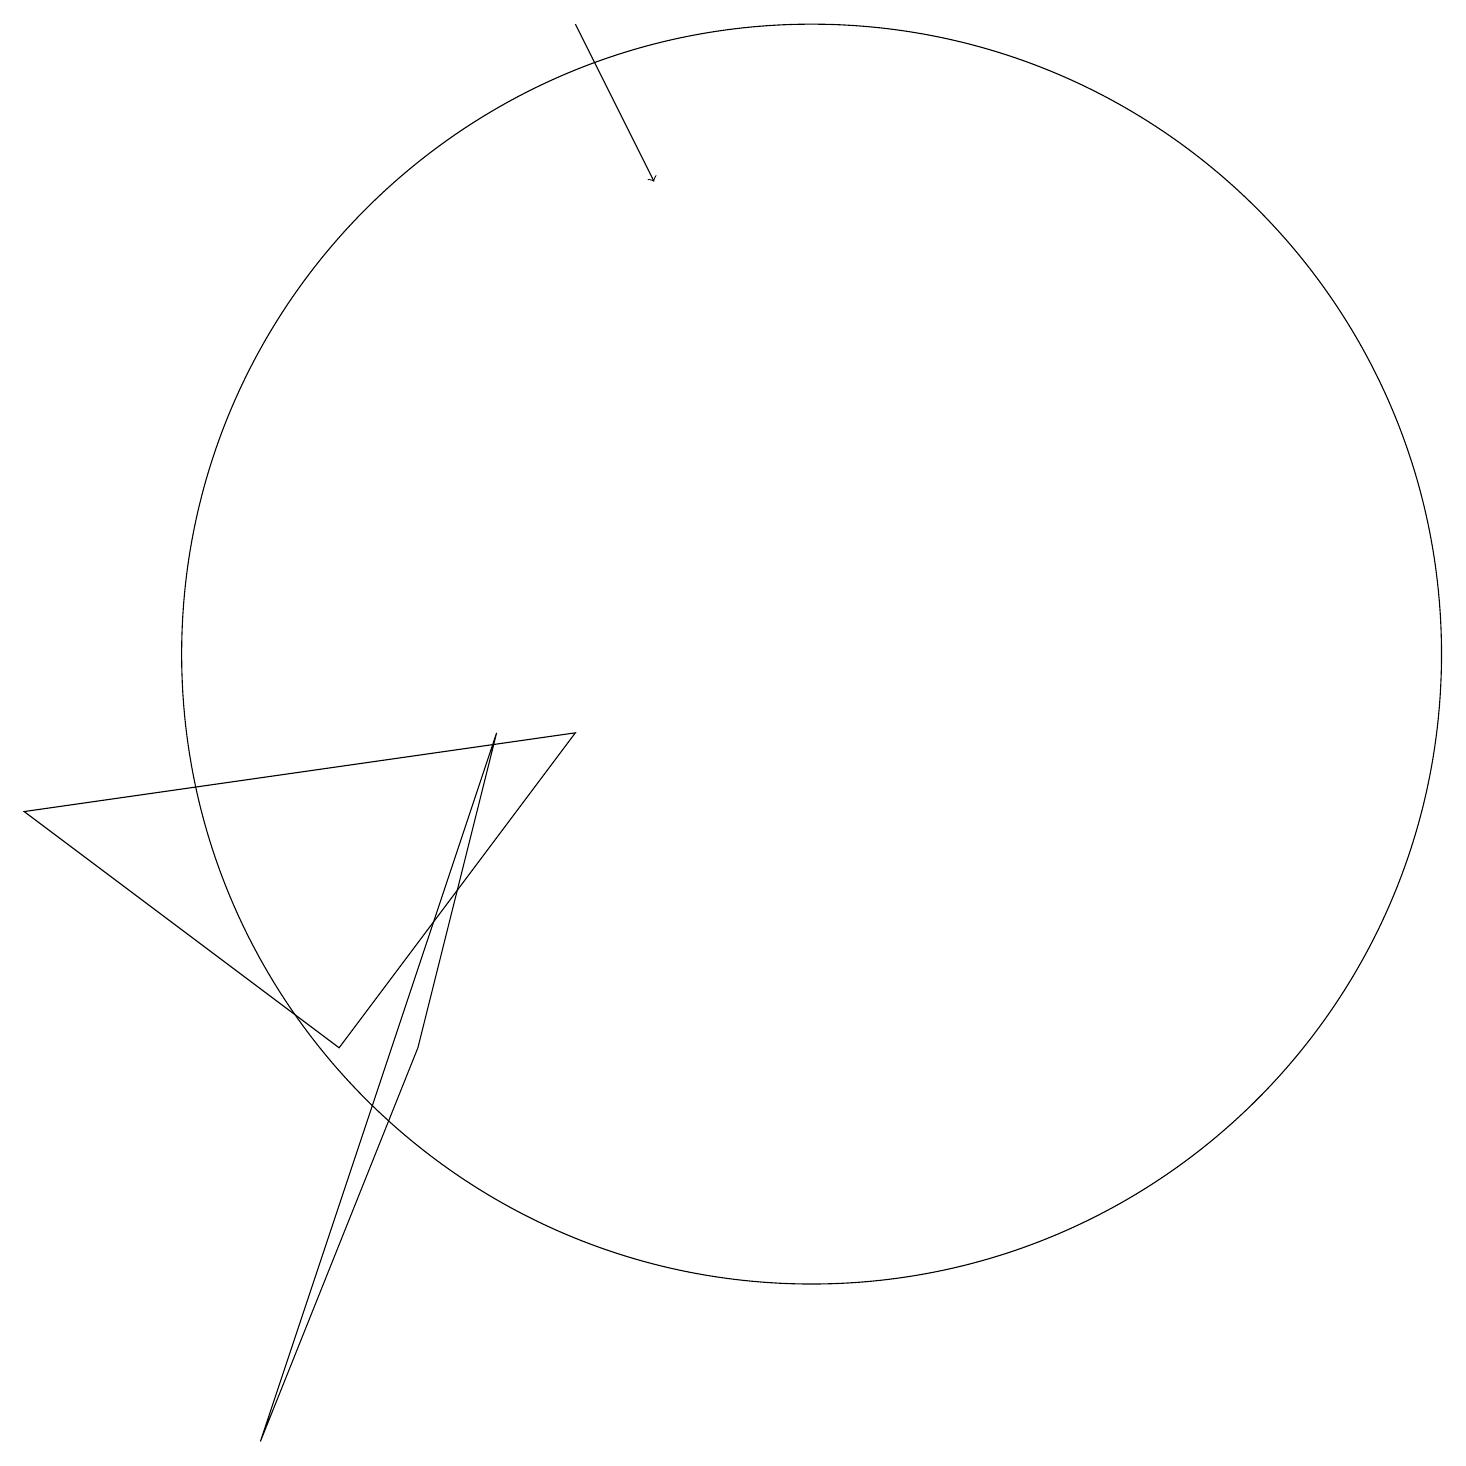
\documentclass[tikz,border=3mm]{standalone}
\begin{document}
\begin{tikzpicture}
\draw (8,9) -- (5,5) -- (1,8) -- cycle;
\draw (6,5) -- (4,0) -- (7,9) -- cycle;
\draw[->] (8,18) -- (9,16);
\draw (11,10) circle (8);
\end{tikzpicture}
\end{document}